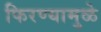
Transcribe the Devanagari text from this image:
फिरण्यामुळे